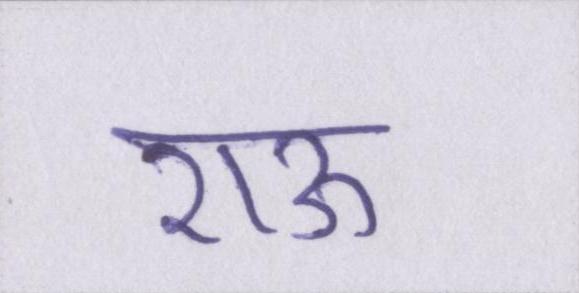
राऊ